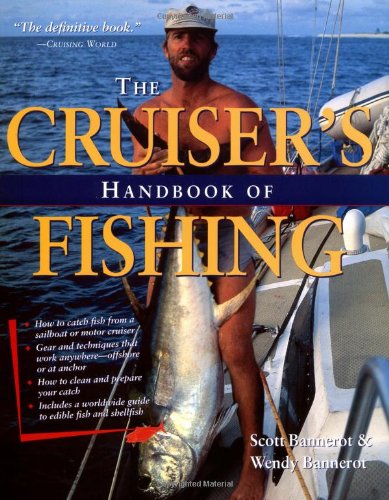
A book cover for The Cruiser's Handbook of Fishing; Scott Bannerot; Sports & Outdoors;